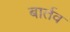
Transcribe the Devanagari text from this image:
बार्तव